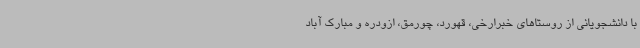
با دانشجویانی از روستاهای خبرارخی، قهورد، چورمق، ازودره و مبارک آباد